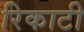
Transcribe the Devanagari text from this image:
रिकाटी